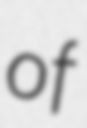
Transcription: of